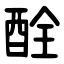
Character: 酫